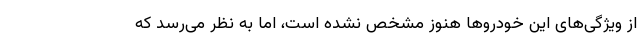
از ویژگی‌های این خودروها هنوز مشخص نشده است، اما به نظر می‌رسد که